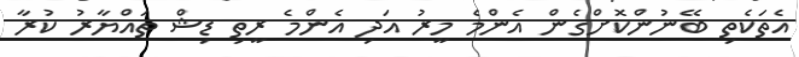
އެތަކެތި ބޭނުންކޮށްގެން އެންމެ މީރު އަދި އެންމެ ރީތި ޑިޝް ތައްޔާރު ކުރާ